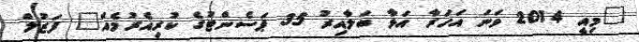
"މިއީ 2014 ވަނަ އަހަރާ އަޅާ ބަލާއިރު 35 ޕަސެންޓުގެ ކުރިއެރުމެއް" ފަޒުލް